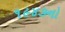
૧૯૪૭નો